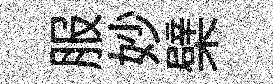
服妙檗